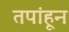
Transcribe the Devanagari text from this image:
तपांहून